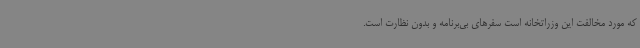
که مورد مخالفت این وزراتخانه است سفرهای بی‌برنامه و بدون نظارت است.